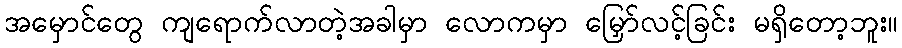
အမှောင်တွေ ကျရောက်လာတဲ့အခါမှာ လောကမှာ မြှော်လင့်ခြင်း မရှိတော့ဘူး။